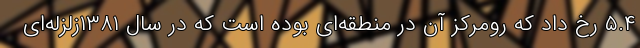
۵.۴ رخ داد که رومرکز آن در منطقه‌ای بوده است که در سال ۱۳۸۱زلزله‌ای